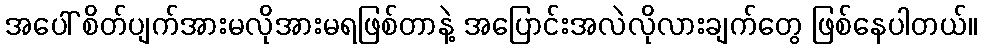
အပေါ် စိတ်ပျက်အားမလိုအားမရဖြစ်တာနဲ့ အပြောင်းအလဲလိုလားချက်တွေ ဖြစ်နေပါတယ်။